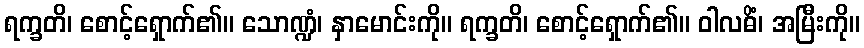
ရက္ခတိ၊ စောင့်ရှောက်၏။ သောဏ္ဍံ၊ နှာမောင်းကို။ ရက္ခတိ၊ စောင့်ရှောက်၏။ ဝါလဓိံ၊ အမြီးကို။